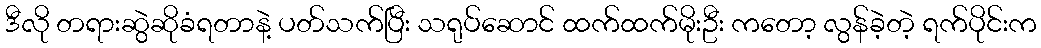
ဒီလို တရားဆွဲဆိုခံရတာနဲ့ ပတ်သက်ပြီး သရုပ်ဆောင် ထက်ထက်မိုးဦး ကတော့ လွန်ခဲ့တဲ့ ရက်ပိုင်းက